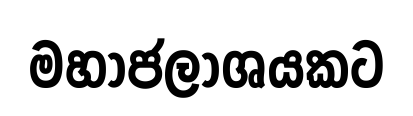
මහාජලාශයකට